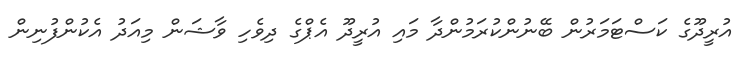
އުރީދޫގެ ކަސްޓަމަރުން ބޭނުންކުރަމުންދާ މައި އުރީދޫ އެޕްގެ ދިވެހި ވާޝަން މިއަދު އެކުންފުނިން